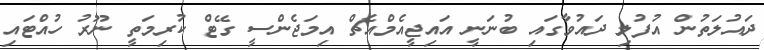
ދައުލަތުން އުފުލި ދައުވާގައި ބުނަނީ އައިޖީއެމްއެޗް އިމަޖެންސީ ގޭޓް ކުރިމަތީ ނޫރު ހުއްޓައި